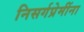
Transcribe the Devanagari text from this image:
निसर्गप्रेमींना